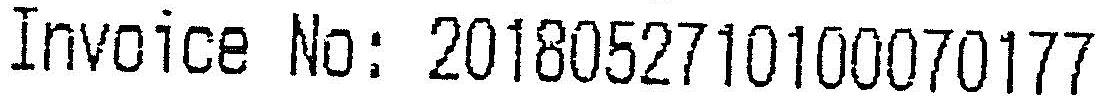
INVOICE NO: 2018052710100070177